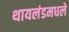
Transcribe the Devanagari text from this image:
थायलंडमधले